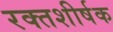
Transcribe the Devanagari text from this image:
रक्तशीर्षक